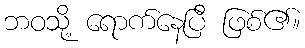
ဘဝသို့ ရောက်နေပြီ ဖြစ်၏။